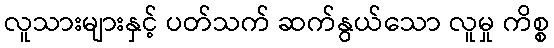
လူသားများနှင့် ပတ်သက် ဆက်နွယ်သော လူမှု ကိစ္စ